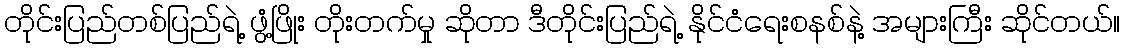
တိုင်းပြည်တစ်ပြည်ရဲ့ ဖွံ့ဖြိုး တိုးတက်မှု ဆိုတာ ဒီတိုင်းပြည်ရဲ့ နိုင်ငံရေးစနစ်နဲ့ အများကြီး ဆိုင်တယ်။